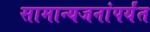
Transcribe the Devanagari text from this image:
सामान्यजनांपर्यंत